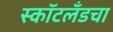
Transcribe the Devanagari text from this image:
स्कॉटलँडचा